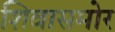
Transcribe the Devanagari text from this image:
शिवासमोर